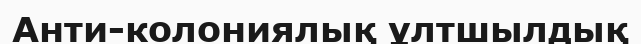
Анти-колониялық ұлтшылдық